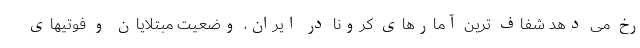
رخ می دهد شفاف ترین آمارهای کرونا در ایران، وضعیت مبتلایان و فوتیهای